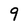
Character: 9